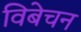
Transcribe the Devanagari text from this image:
विबेचन